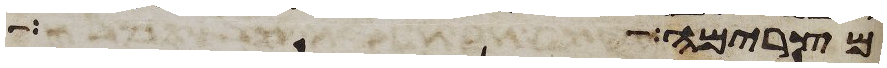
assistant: מצרימה ראה